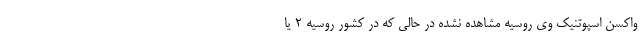
واکسن اسپوتنیک وی روسیه مشاهده نشده در حالی که در کشور روسیه ۲ یا